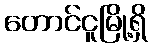
တောင်ငူမြို့ရှိ